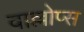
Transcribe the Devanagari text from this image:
वाल्लोप्स